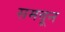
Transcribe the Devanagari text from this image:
समवून